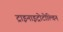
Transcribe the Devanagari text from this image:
ट्राइनाइट्रोटोल्विन